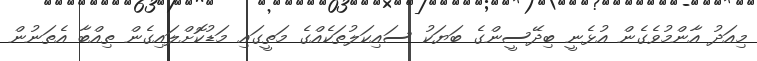
މިއަދު އާންމުވެގެން އުޅެނީ ބިދޭސީންގެ ބަޔަކު ސައިކަލުތަކެއްގެ މަތީގައި މަޑުކޮށްލައިގެން ތިއްބާ އެތަނުން